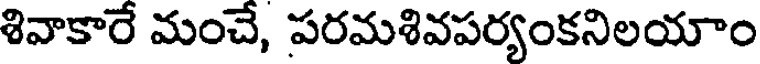
శివాకారే మంచే, పరమశివపర్యంకనిలయాం